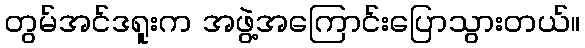
တွမ်အင်ဒရူးက အဖွဲ့အကြောင်းပြောသွားတယ်။